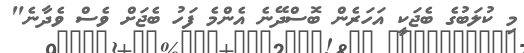
މި ކުލަބުގެ ބެޖަކީ އަހަރެން ބޮސްދޭނެ އެންމެ ފަހު ބެޖަށް ވެސް ވެދާނެ"